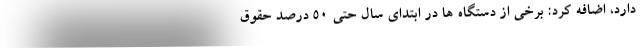
دارد، اضافه کرد: برخی از دستگاه ها در ابتدای سال حتی 50 درصد حقوق